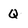
Character: Q